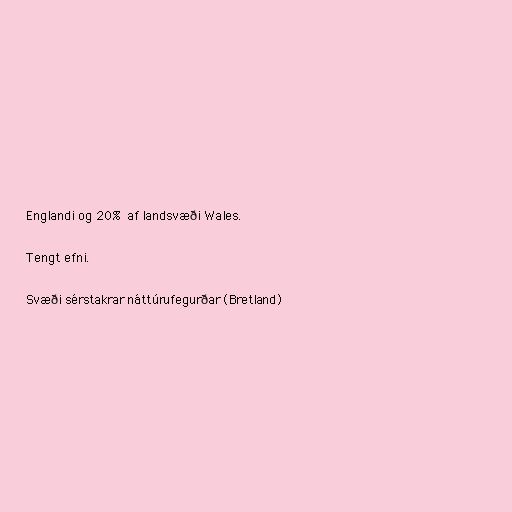
Englandi og 20% af landsvæði Wales.

Tengt efni.

Svæði sérstakrar náttúrufegurðar (Bretland)